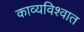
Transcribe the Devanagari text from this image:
काव्यविश्वात